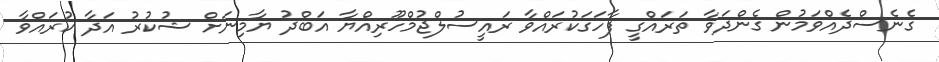
ގެނެސްދެއްވަމުން ގެންދަވާ ތަރައްގީ ފާހަގަކުރައްވާ ރައީސުލްޖުމްހޫރިއްޔާ އަބްދު ޔާމިނަށް ޝުކުރު އަދާ ކުރައްވާ